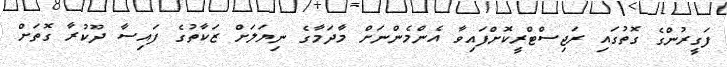
ފަގީރުންގެ ގޮތުގައި ރަޖިސްްޓްރީކޮށްފައިވާ އެންމެންނަށް މާދަމާގެ ނިޔަލަށް ޒަކާތުގެ ފައިސާ ދޫކުރާ ގޮތަށް